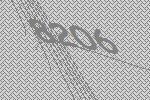
8206